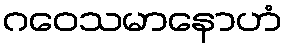
ဂဝေသမာနောဟံ